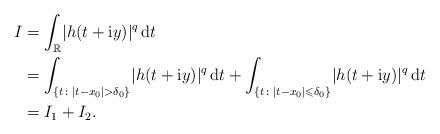
LaTeX: \begin{align*} I &= \int_{\mathbb{R}} \lvert h(t+\mathrm{i}y)\rvert^q\,\mathrm{d}t \\ &= \int_{\{t\colon \lvert t-x_0\rvert>\delta_0\}} \lvert h(t+\mathrm{i}y)\rvert^q\,\mathrm{d}t + \int_{\{t\colon \lvert t-x_0\rvert\leqslant\delta_0\}} \lvert h(t+\mathrm{i}y)\rvert^q\,\mathrm{d}t \\ &= I_1+ I_2. \end{align*}